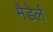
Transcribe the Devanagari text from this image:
मैडेर्ल